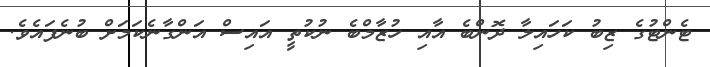
ޓެންޓުގެ ޒިބު ކަހައިލާ ދޮންބެ އާއި ހުޒާމްބެ ނުކުތީ އައިސް އަންގާނެކަމަށް ބުނެފައެވެ.